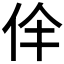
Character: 𠇫